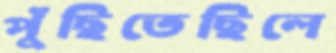
পুঁছিতেছিলে